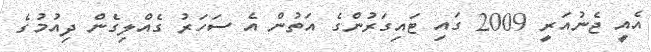
އެއީ ޖެނުއަރީ 2009 ގައި ޓައިގަރުންގެ އަތުން އެ ސަހަރު ގެއްލިގެން ދިއުމުގެ